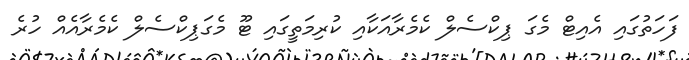
ފަހަތުގައި އެއިޓް މެގަ ޕިކްސެލް ކެމެރާއަކާއި ކުރިމަތީގައި ޓޫ މެގަޕިކްސެލް ކެމެރާއެއް ހުރެ